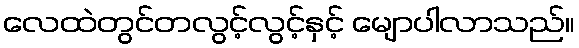
လေထဲတွင်တလွင့်လွင့်နှင့် မျောပါလာသည်။